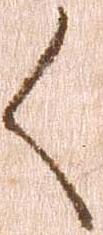
く